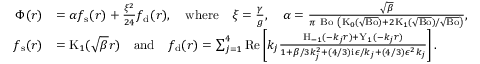
\begin{array} { r l } { \Phi ( r ) } & { = \alpha f _ { \mathrm { s } } ( r ) + \frac { \xi ^ { 2 } } { 2 4 } f _ { \mathrm { d } } ( r ) , \quad \mathrm { w h e r e } \quad \xi = \frac { \gamma } { g } , \quad \alpha = \frac { \sqrt { \beta } } { \pi \mathrm { ~ B o ~ } \left( \mathrm { K } _ { 0 } ( \sqrt { \mathrm { B o } } ) + 2 \mathrm { K } _ { 1 } ( \sqrt { \mathrm { B o } } ) / \sqrt { \mathrm { B o } } \right) } , } \\ { f _ { \mathrm { s } } ( r ) } & { = \mathrm { K } _ { 1 } ( \sqrt { \beta } r ) \quad \mathrm { a n d } \quad f _ { \mathrm { d } } ( r ) = \sum _ { j = 1 } ^ { 4 } \mathrm { R e } \left[ k _ { j } \frac { \mathrm { H } _ { - 1 } ( - k _ { j } r ) + \mathrm { Y } _ { 1 } ( - k _ { j } r ) } { 1 + \beta / 3 k _ { j } ^ { 2 } + ( 4 / 3 ) \mathrm { i } \epsilon / k _ { j } + ( 4 / 3 ) \epsilon ^ { 2 } k _ { j } } \right] . } \end{array}